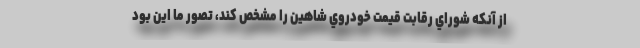
از آنكه شوراي رقابت قيمت خودروي شاهين را مشخص كند، تصور ما اين بود